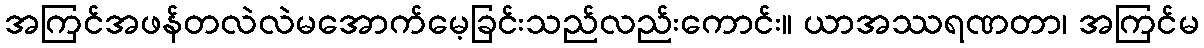
အကြင်အဖန်တလဲလဲမအောက်မေ့ခြင်းသည်လည်းကောင်း။ ယာအဿရဏတာ၊ အကြင်မ